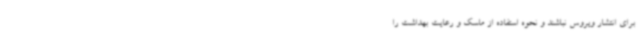
برای انتشار ویروس نباشند و نحوه استفاده از ماسک و رعایت بهداشت را